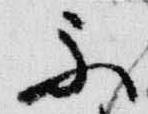
不